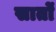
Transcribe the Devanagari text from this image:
सार्तों